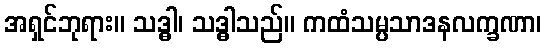
အရှင်ဘုရား။ သဒ္ဓါ၊ သဒ္ဓါသည်။ ကထံသမ္ပသာဒနလက္ခဏာ၊